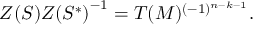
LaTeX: { Z ( { \cal S } ) } { Z ( { \cal S } ^ { * } ) } ^ { - 1 } = T ( M ) ^ { ( - 1 ) ^ { n - k - 1 } } .